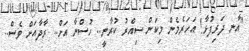
"އާނ ދަރިފުޅާ! އަހަރެމެން މިކަން ސިއްރު ކުރާނީ.. ހުސްނާ އަށް.. ރާދާއަށް ވެސް..